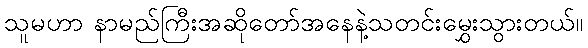
သူမဟာ နာမည်ကြီးအဆိုတော်အနေနဲ့သတင်းမွှေးသွားတယ်။